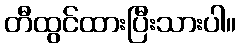
တီထွင်ထားပြီးသားပါ။